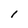
Character: l